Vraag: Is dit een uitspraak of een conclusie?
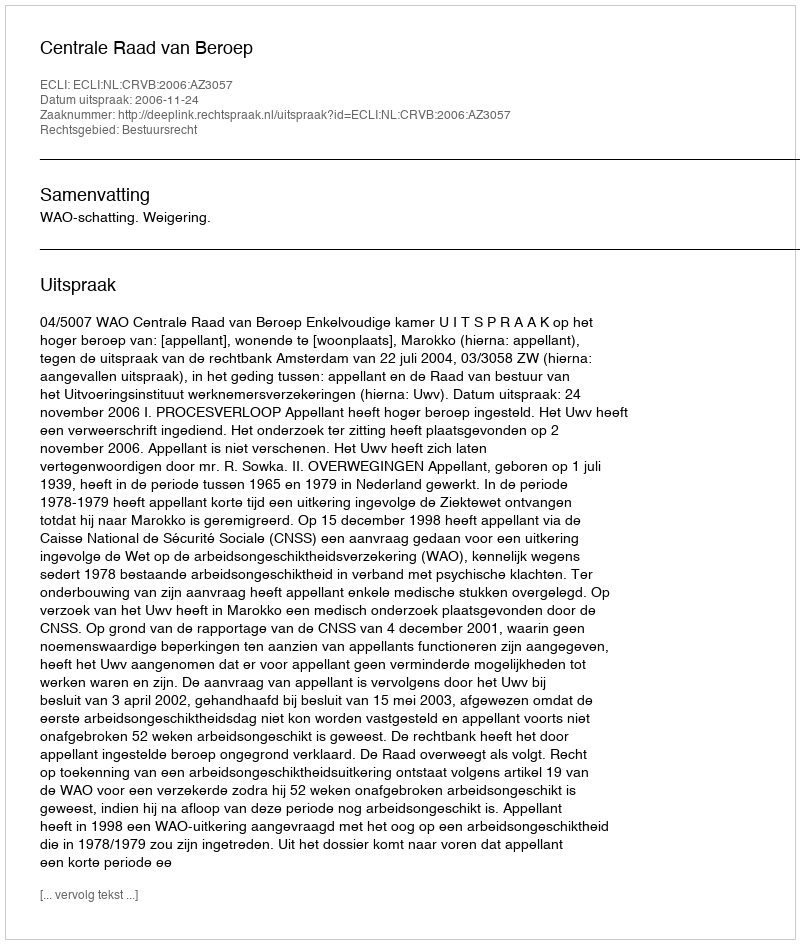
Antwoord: Uitspraak